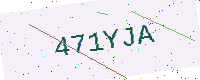
Text: 471YJA